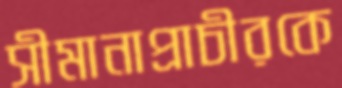
সীমানাপ্রাচীরকে